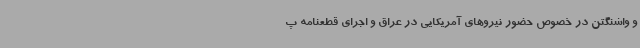
و واشنگتن در خصوص حضور نیروهای آمریکایی در عراق و اجرای قطعنامه پ